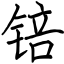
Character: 锫